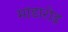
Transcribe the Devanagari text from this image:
मांडारोड़